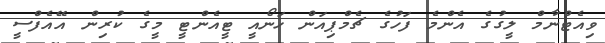
ވިއެޓްނާމް ލީގުގެ އެންމެ ފަހުގެ ޗެމްޕިއަން ހަނޯއީ ޓީއެންޓީ މީގެ ކުރިން އޭއެފްސީ